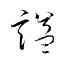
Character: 諡